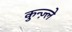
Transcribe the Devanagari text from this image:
कुन्ज़्ले